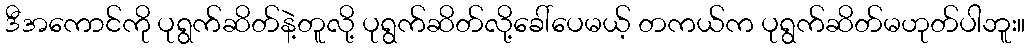
ဒီအကောင်ကို ပုရွက်ဆိတ်နဲ့တူလို့ ပုရွက်ဆိတ်လို့ခေါ်ပေမယ့် တကယ်က ပုရွက်ဆိတ်မဟုတ်ပါဘူး။